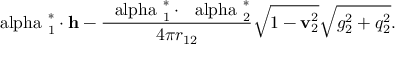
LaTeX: { \mathrm { \boldmath ~ \ a l p h a ~ } } _ { 1 } ^ { * } \cdot { \bf h } - \frac { { \mathrm { \boldmath ~ \ a l p h a ~ } } _ { 1 } ^ { * } \cdot { \mathrm { \boldmath ~ \ a l p h a ~ } } _ { 2 } ^ { * } } { 4 \pi r _ { 1 2 } } \sqrt { 1 - { \bf v } _ { 2 } ^ { 2 } } \sqrt { g _ { 2 } ^ { 2 } + q _ { 2 } ^ { 2 } } .